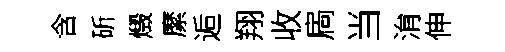
含斫燬縻逅翔收扄当㳙伸